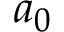
a _ { 0 }